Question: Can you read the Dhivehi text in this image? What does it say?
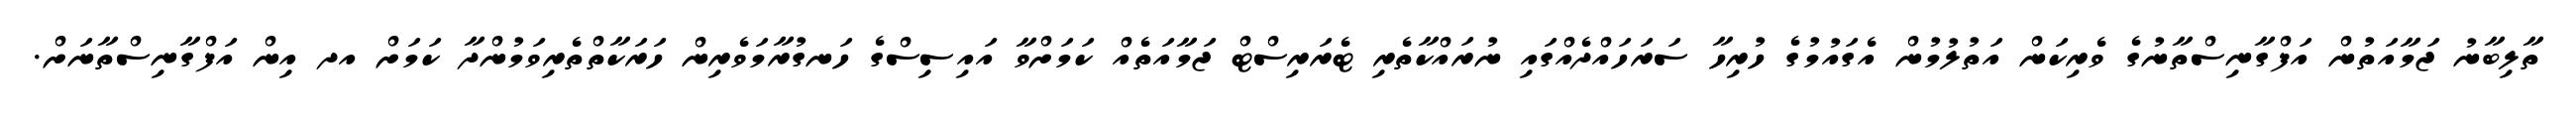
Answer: ތާލިބާނު ޖަމާއަތުން އަފްގާނިސްތާނުގެ ވެރިކަން އަތުލުމުން އެގައުމުގެ ހުރިހާ ސަރަހައްދެއްގައި ނުރައްކާތެރި ޓެރަރިސްޓް ޖަމާއަތެއް ކަމަށްވާ އައިސިސްގެ ހަނގުރާމަވެރިން ހަރަކާތްތެރިވަމުންދާ ކަމަށް އދ އިން އަފްގާނިސްތާނަށް.